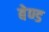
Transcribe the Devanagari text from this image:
बेण्ड